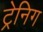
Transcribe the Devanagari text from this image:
ट्रेनिग